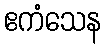
ဧကံသေန